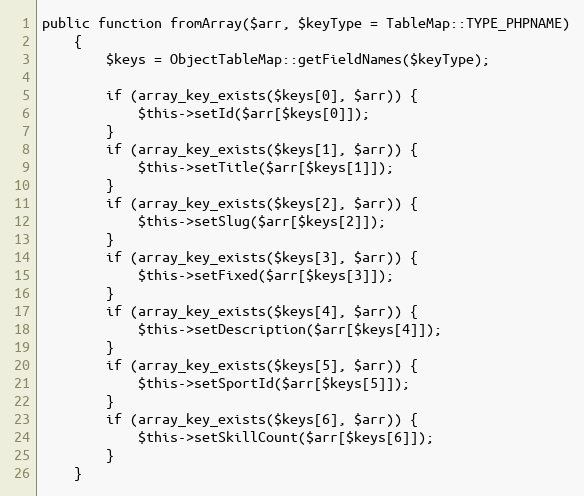
Language: PHP
public function fromArray($arr, $keyType = TableMap::TYPE_PHPNAME)
    {
        $keys = ObjectTableMap::getFieldNames($keyType);

        if (array_key_exists($keys[0], $arr)) {
            $this->setId($arr[$keys[0]]);
        }
        if (array_key_exists($keys[1], $arr)) {
            $this->setTitle($arr[$keys[1]]);
        }
        if (array_key_exists($keys[2], $arr)) {
            $this->setSlug($arr[$keys[2]]);
        }
        if (array_key_exists($keys[3], $arr)) {
            $this->setFixed($arr[$keys[3]]);
        }
        if (array_key_exists($keys[4], $arr)) {
            $this->setDescription($arr[$keys[4]]);
        }
        if (array_key_exists($keys[5], $arr)) {
            $this->setSportId($arr[$keys[5]]);
        }
        if (array_key_exists($keys[6], $arr)) {
            $this->setSkillCount($arr[$keys[6]]);
        }
    }